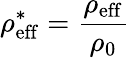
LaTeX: \rho_{\mathrm{eff}}^{*}=\frac{\rho_{\mathrm{eff}}}{\rho_{0}}